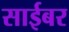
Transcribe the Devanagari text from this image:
साईबर